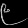
Digit: ၉